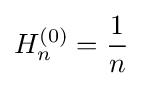
H_{n}^{(0)}={\frac {1}{n}}